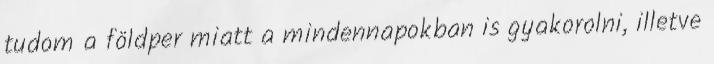
tudom a földper miatt a mindennapokban is gyakorolni, illetve